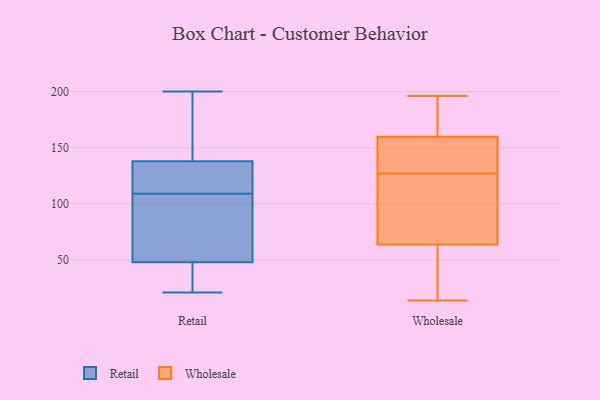
{"axis": {"x": "Customer Acquisition Cost (USD)", "y": "Value"}, "legend": ["Retail", "Wholesale"], "data": [{"x": "", "y": 21, "type": "Retail"}, {"x": "", "y": 197, "type": "Retail"}, {"x": "", "y": 57, "type": "Retail"}, {"x": "", "y": 145, "type": "Retail"}, {"x": "", "y": 37, "type": "Retail"}, {"x": "", "y": 126, "type": "Retail"}, {"x": "", "y": 59, "type": "Retail"}, {"x": "", "y": 104, "type": "Retail"}, {"x": "", "y": 123, "type": "Retail"}, {"x": "", "y": 200, "type": "Retail"}, {"x": "", "y": 114, "type": "Retail"}, {"x": "", "y": 175, "type": "Retail"}, {"x": "", "y": 47, "type": "Retail"}, {"x": "", "y": 44, "type": "Retail"}, {"x": "", "y": 131, "type": "Retail"}, {"x": "", "y": 49, "type": "Retail"}, {"x": "", "y": 129, "type": "Wholesale"}, {"x": "", "y": 184, "type": "Wholesale"}, {"x": "", "y": 159, "type": "Wholesale"}, {"x": "", "y": 69, "type": "Wholesale"}, {"x": "", "y": 196, "type": "Wholesale"}, {"x": "", "y": 51, "type": "Wholesale"}, {"x": "", "y": 101, "type": "Wholesale"}, {"x": "", "y": 127, "type": "Wholesale"}, {"x": "", "y": 14, "type": "Wholesale"}, {"x": "", "y": 19, "type": "Wholesale"}, {"x": "", "y": 177, "type": "Wholesale"}, {"x": "", "y": 144, "type": "Wholesale"}, {"x": "", "y": 150, "type": "Wholesale"}, {"x": "", "y": 35, "type": "Wholesale"}, {"x": "", "y": 68, "type": "Wholesale"}, {"x": "", "y": 162, "type": "Wholesale"}, {"x": "", "y": 111, "type": "Wholesale"}]}